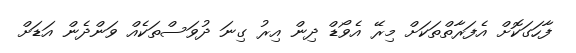
ފާހަގަކޮށް އެފަރާތްތަކަށް މިރޭ އެވޯޑް ދިން އިރު ގިނަ ދުވަސްތަކެއް ވަންދެން އަޑަށް